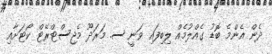
ދެން އެންމެ ބޮޑު ގެއްލުމެއް ލިބިފައި ވަނީ ސ. މަރަދޫ މެޖިސްޓްރޭޓް ކޯޓަށާއި